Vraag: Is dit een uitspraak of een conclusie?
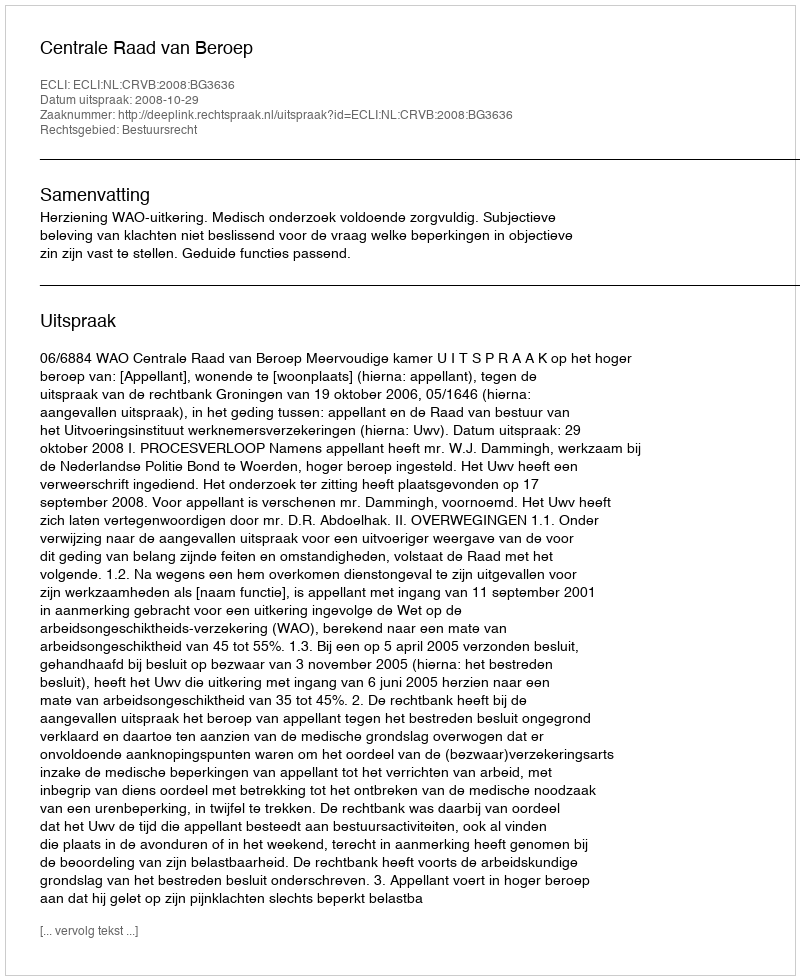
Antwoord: Uitspraak